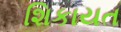
શિકાયત